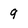
Character: 9